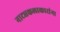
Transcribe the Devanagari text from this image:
नाट्यकलाकारांना